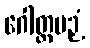
ဂေါတ္တပဉှံ